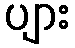
ပျား